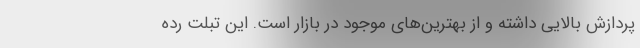
پردازش بالایی داشته و از بهترین‌های موجود در بازار است. این تبلت رده